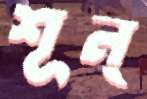
শূন্